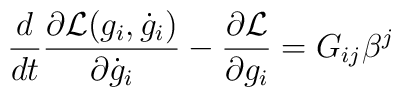
{d\over dt} {\partial {\cal L}(g_i,\dot g_i)\over\partial\dot g_i}-{\partial{\cal L}\over\partial g_i}=G_{ij}\beta^j